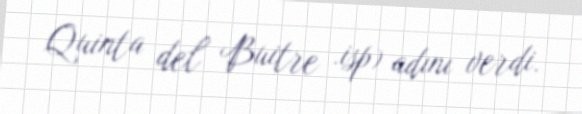
Quinta del Buitre .isp) adını verdi.